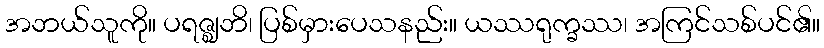
အဘယ်သူကို။ ပရဇ္ဈဘိ၊ ပြစ်မှားပေသနည်း။ ယဿရုက္ခဿ၊ အကြင်သစ်ပင်၏။